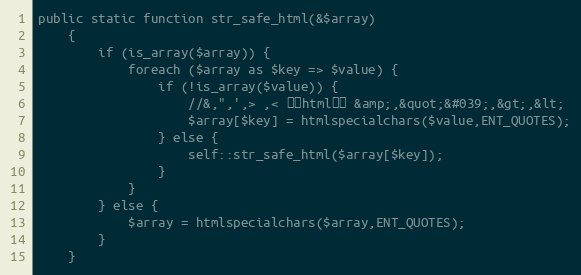
Language: PHP
public static function str_safe_html(&$array)
    {
        if (is_array($array)) {
            foreach ($array as $key => $value) {
                if (!is_array($value)) {
                    //&,",',> ,< 转为html实体 &amp;,&quot;&#039;,&gt;,&lt;
                    $array[$key] = htmlspecialchars($value,ENT_QUOTES);
                } else {
                    self::str_safe_html($array[$key]);
                }
            }
        } else {
            $array = htmlspecialchars($array,ENT_QUOTES);
        }
    }